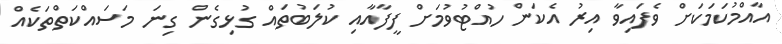
އާއްމުކަމަކަށް ވެފައިވާ އިރު އެކަން ހުއްޓުވުމަށް ފީފާއާއި ކުލަބުތައް ގުޅިގެން ގިނަ މަސައްކަތްތަކެއް